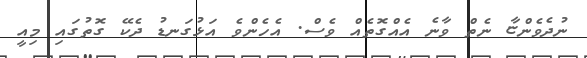
ނުދެވެންޏާ ނެތް ވާނެ އެއްގޮތެއް ވެސް. އެހެންވެ އަޅުގަނޑު ދެކޭ ގޮތުގައި މިއީ